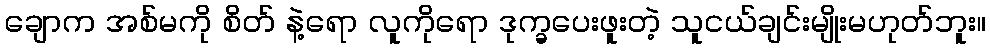
ချောက အစ်မကို စိတ် နဲ့ရော လူကိုရော ဒုက္ခပေးဖူးတဲ့ သူငယ်ချင်းမျိုးမဟုတ်ဘူး။